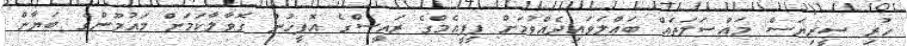
ހުރި ސީރިޔަސް މައްސަލަތައް ބައްލަވައިދެއްވުމަށް ޕީޕީއެމްގެ ރައީސްގެ އޮފީހުން ގޮވާލާކަމަށް މައުމޫންގެ ބަޔާން